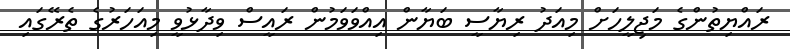
ރައްޔިތުންގެ މަޖިލީހަށް މިއަދު ރިޔާސީ ބަޔާން އިއްވަވަމުން ރައީސް ވިދާޅުވީ މިއަހަރުގެ ތެރޭގައި